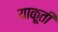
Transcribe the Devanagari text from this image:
याकूती